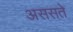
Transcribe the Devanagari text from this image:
अससते